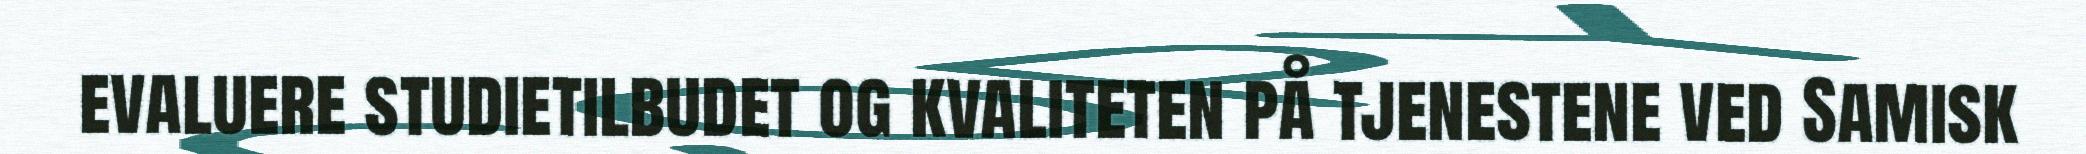
evaluere studietilbudet og kvaliteten på tjenestene ved Samisk